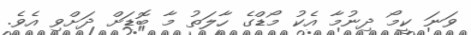
ވަނަ ކީމޯ ދިނުމާ އެކު މޯޑްގެ ހާލަތު މާ ބޮޑަށް ދަށްވި އެވެ.